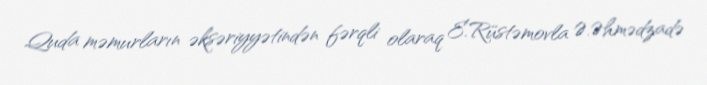
Quda məmurların əksəriyyətindən fərqli olaraq E.Rüstəmovla Ə.Əhmədzadə